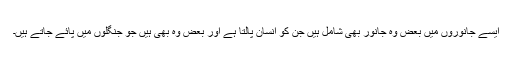
ایسے جانوروں میں بعض وہ جانور بھی شامل ہیں جن کو انسان پالتا ہے اور بعض وہ بھی ہیں جو جنگلوں میں پائے جاتے ہیں۔